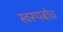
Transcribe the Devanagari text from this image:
स्वरूपबोध